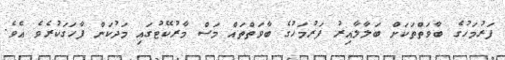
ފަރުމަހުގެ ބާވަތްތަކަށް ބަލާލާއިރު ފަރުމަހުގެ ބާވަތްތައް މަސް މާރުކޭޓުގައި މަދުކަން ފާހަގަކުރެވެ އެވެ.